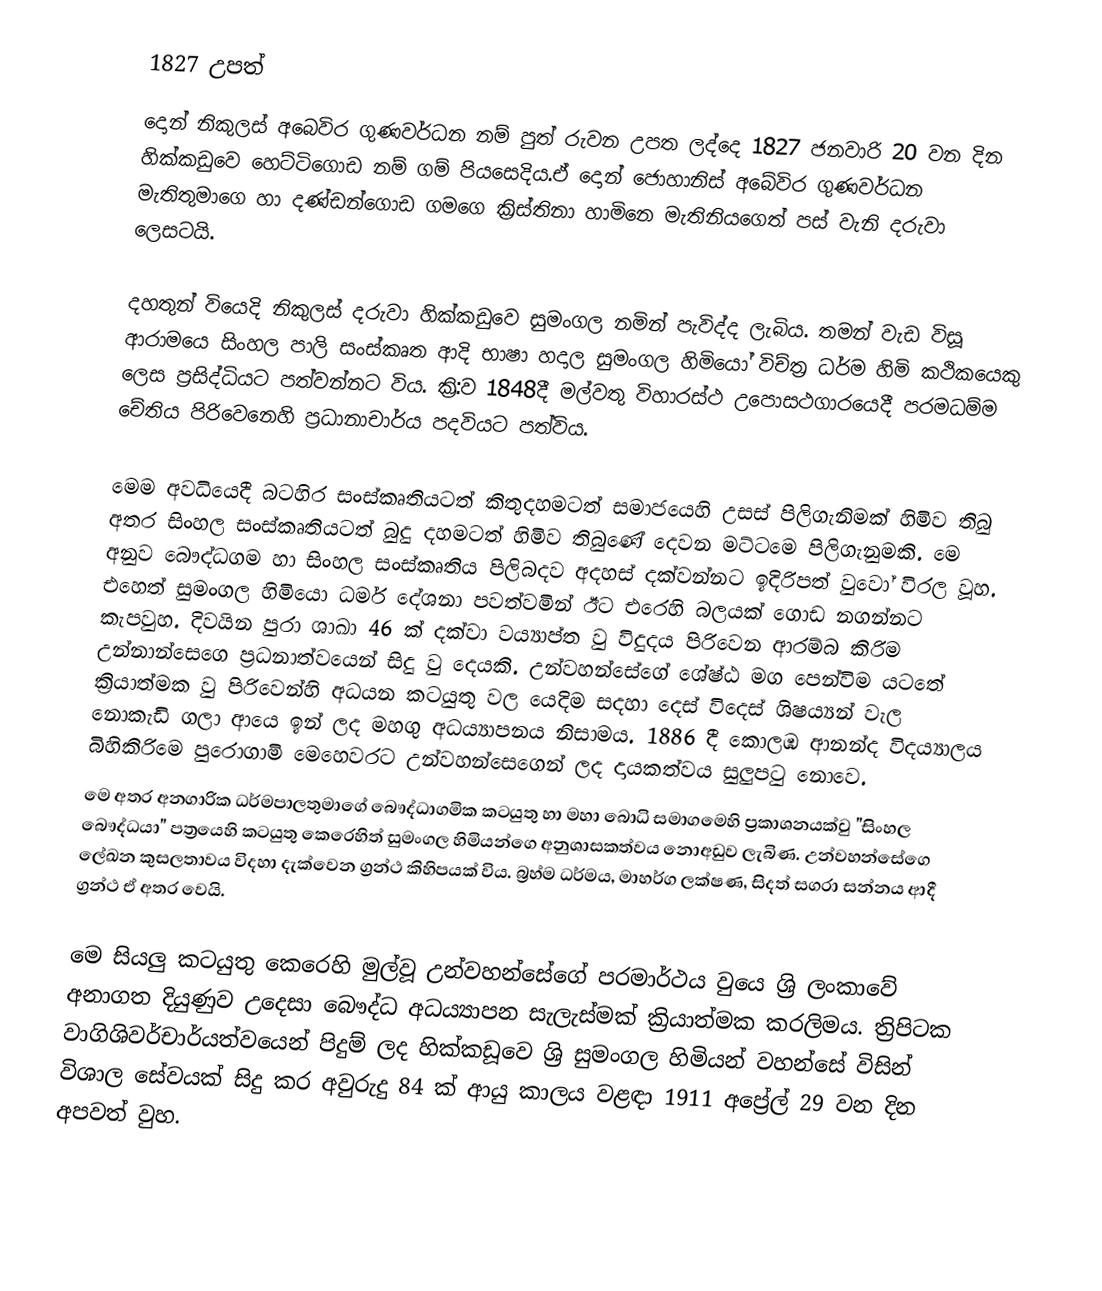
1827 උපත්
දොන් නිකුලස් අබෙවිර ගුණවර්ධන නම් පුත් රුවන උපත ලද්දෙ 1827 ජනවාරි 20 වන දින හික්කඩුවෙ හෙට්ටිගොඩ නම් ගම් පියසෙදිය.ඒ දොන් ජොහානිස් අබේවිර ගුණවර්ධන මැතිතුමාගෙ හා දණ්ඩන්ගොඩ ගමගෙ ක්‍රිස්තිනා හාමිනෙ මැතිනියගෙත් පස් වැනි දරුවා ලෙසටයි.

දහතුන් වියෙදි නිකුලස් දරුවා හික්කඩුවෙ සුමංගල නමින් පැවිද්ද ලැබිය. තමන් වැඩ විසූ ආරාමයෙ සිංහල පාලි සංස්කෘත ආදි භාෂා හදාල සුමංගල හිමියෝ විච්ත්‍ර ධර්ම හිමි කථිකයෙකු ලෙස ප්‍රසිද්ධියට පත්වන්නට විය. ක්‍රි:ව 1848දී මල්වතු විහාරස්ථ උපොසථගාරයෙදී පරමධම්ම චේතිය පිරිවෙනෙහි ප්‍රධානාචාර්ය පදවියට පත්විය.

මෙම අවධියෙදී බටහිර සංස්කෘතියටත් කිතුදහමටත් සමාජයෙහි උසස් පිලිගැනිමක් හිමිව තිබු අතර සිංහල සංස්කෘතියටත් බුදු දහමටත් හිමිව තිබුණේ දෙවන මට්ටමෙ පිලිගැනුමකි.  මෙ අනුව බෞද්ධගම  හා සිංහල සංස්කෘතිය පිලිබදව අදහස් දක්වන්නට ඉදිරිපත් වුවෝ විරල වූහ. එහෙත් සුමංගල හිමියො ධර්ම දේශනා පවත්වමින් ඊට එරෙහි බලයක් ගොඩ නගන්නට කැපවුහ. දිවයින පුරා ශාඛා 46 ක් දක්වා වය්‍යාප්ත වු විදුදය පිරිවෙන ආරම්බ කිරිම උන්නාන්සෙගෙ ප්‍රධනාත්වයෙන් සිදු වු දෙයකි. උන්වහන්සේගේ ශේෂ්ඨ මග පෙන්විම යටතේ ක්‍රියාත්මක වු පිරිවෙන්හි අධයන කටයුතු වල යෙදිම සදහා දෙස් විදෙස් ශිෂය්‍යන් වැල නොකැඩි ගලා ආයෙ ඉන් ලද මහගු අධය්‍යාපනය නිසාමය. 1886 දී කොලඹ ආනන්ද විදය්‍යාලය බිහිකිරිමෙ පුරොගාමි මෙහෙවරට උන්වහන්සෙගෙන් ලද දායකත්වය සුලුපටු නොවෙ.
 මෙ අතර අනගාරික ධර්මපාලතුමාගේ බෞද්ධාගමික කටයුතු හා මහා බොධි සමාගමෙහි ප්‍රකාශනයක්වු "සිංහල බෞද්ධයා" පත්‍රයෙහි කටයුතු කෙරෙහිත් සුමංගල හිමියන්ගෙ අනුශාසකත්වය නොඅඩුව ලැබිණ. උන්වහන්සේගෙ ලේඛන කුසලතාවය විදහා දැක්වෙන ග්‍රන්ථ කිහිපයක් විය. බ්‍රහ්ම ධර්මය, මාහර්ග ලක්ෂණ, සිදත් සගරා සන්නය ආදී ග්‍රන්ථ ඒ අතර වෙයි.

 මෙ සියලු  කටයුතු කෙරෙහි මුල්වූ උන්වහන්සේගේ පරමාර්ථය වුයෙ ශ්‍රි ලංකාවේ අනාගත දියුණුව උදෙසා බෞද්ධ අධය්‍යාපන සැලැස්මක් ක්‍රියාත්මක කරලිමය. ත්‍රිපිටක වාගිශිවර්චාර්යත්වයෙන් පිදුම් ලද හික්කඩූවෙ ශ්‍රි සුමංගල හිමියන් වහන්සේ විසින්  විශාල සේවයක් සිදු කර අවුරුදු 84 ක් ආයු කාලය වළඳා 1911 අප්‍රේල් 29 වන දින අපවත් වුහ.